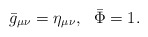
\begin{align*}{\bar g}_{\mu\nu} = \eta_{\mu\nu}, ~~ {\bar \Phi} = 1.\end{align*}